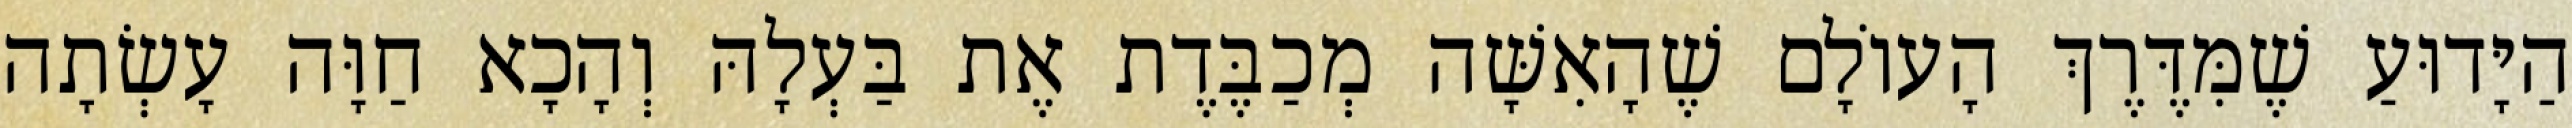
הַיָּדוּעַ שֶׁמִּדֶּרֶךְ הָעוֹלָם שֶׁהָאִשָּׁה מְכַבֶּדֶת אֶת בַּעְלָהּ וְהָכָא חַוָּה עָשְׂתָה